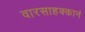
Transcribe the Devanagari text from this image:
वारसाहक्कानं